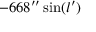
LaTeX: - 6 6 8 ^ { \prime \prime } \sin ( l ^ { \prime } )